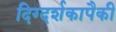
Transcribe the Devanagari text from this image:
दिग्दर्शकापैकी